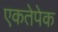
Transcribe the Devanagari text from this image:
एकतेपेक